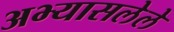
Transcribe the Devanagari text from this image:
अभ्यासलेले